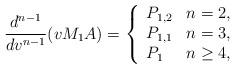
LaTeX: \begin{align*} \frac{d^{n-1}}{dv^{n-1}}(vM_1A)=\left\{ \begin{array}{ll} P_{1,2} & n=2,\\ P_{1,1} & n= 3,\\ P_1 & n\geq 4, \end{array}\right.\end{align*}